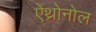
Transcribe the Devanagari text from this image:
ऐंथ्रोनोल